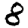
Digit: 8